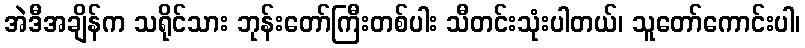
အဲဒီအချိန်က သရိုင်သား ဘုန်းတော်ကြီးတစ်ပါး သီတင်းသုံးပါတယ်၊ သူတော်ကောင်းပါ၊